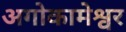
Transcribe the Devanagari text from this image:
अगोकामेश्वर